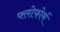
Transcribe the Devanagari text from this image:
फ्लोफोर्म